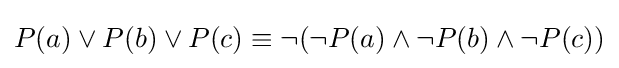
P(a)\lor P(b)\lor P(c)\equiv \neg (\neg P(a)\land \neg P(b)\land \neg P(c))